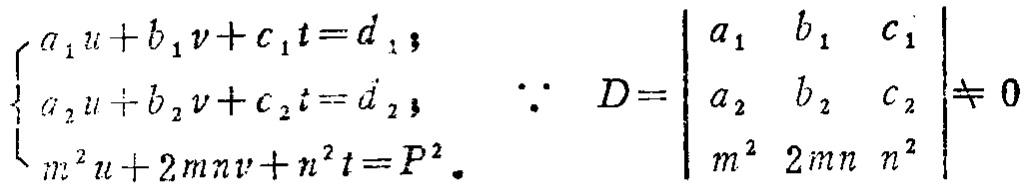
\[\begin{cases}

a_{1}u + b_{1}v + c_{1}t = d_{1}\\

a_{2}u + b_{2}v + c_{2}t = d_{2}\\

m^{2}u + 2mnv + n^{2}t = P^{2}

\end{cases}

\quad

\because

D =

\begin{vmatrix}

a_{1} & b_{1} & c_{1}\\

a_{2} & b_{2} & c_{2}\\

m^{2} & 2mn & n^{2}

\end{vmatrix}

\neq 0\]